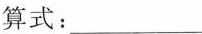
算式：___